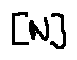
[ N ]